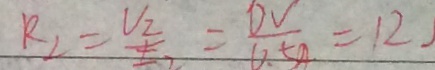
R _ { 2 } = \frac { V _ { 2 } } { \pm _ { 2 } } = \frac { 6 V } { 0 . 5 A } = 1 2